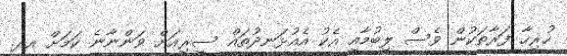
ހުރިހާ ފަރާތަކުން ވެސް ލިބުމާއި އެކު އެއުޅަނދުތައް ސީރިއަށް ވަންނާނެ ކަމަށް އދ.